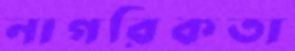
নাগরিকতা